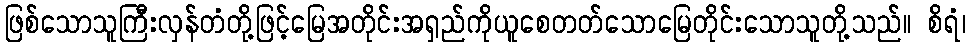
ဖြစ်သောသူကြီးလှန်တံတို့ဖြင့်မြေအတိုင်းအရှည်ကိုယူစေတတ်သောမြေတိုင်းသောသူတို့သည်။ စိရံ၊